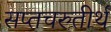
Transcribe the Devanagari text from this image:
सप्तचरुतीर्थ